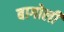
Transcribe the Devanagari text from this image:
बागोली